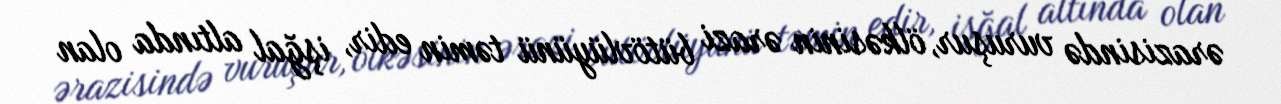
ərazisində vuruşur, ölkəsinin ərazi bütövlüyünü təmin edir, işğal altında olan